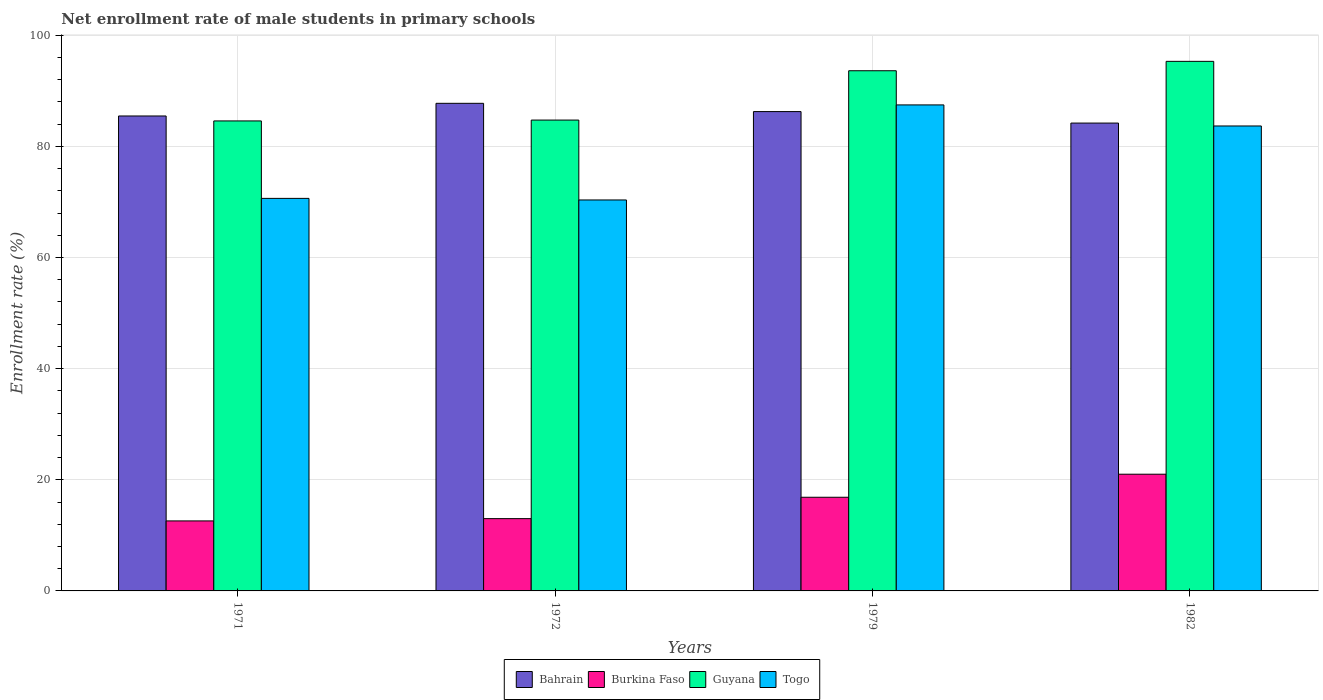
| Years | Bahrain | Burkina Faso | Guyana | Togo |
 | --- | --- | --- | --- | --- |
 | 1971 | 85.5 | 12.6 | 84.6 | 70.6 |
 | 1972 | 87.8 | 13 | 84.7 | 70.4 |
 | 1979 | 86.3 | 16.9 | 93.6 | 87.5 |
 | 1982 | 84.2 | 21 | 95.3 | 83.7 |